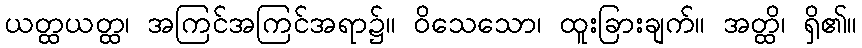
ယတ္ထယတ္ထ၊ အကြင်အကြင်အရာ၌။ ဝိသေသော၊ ထူးခြားချက်။ အတ္ထိ၊ ရှိ၏။